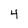
Character: 4